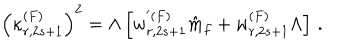
\left( \kappa _ { r , 2 s + 1 } ^ { ( F ) } \right) ^ { 2 } = \Lambda \left[ w _ { r , 2 s + 1 } ^ { ' ( F ) } \hat { m } _ { f } + w _ { r , 2 s + 1 } ^ { ( F ) } \Lambda \right] \, .